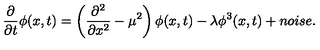
\frac { \partial } { \partial t } \phi ( x , t ) = \left( \frac { \partial ^ { 2 } } { \partial x ^ { 2 } } - \mu ^ { 2 } \right) \phi ( x , t ) - \lambda \phi ^ { 3 } ( x , t ) + n o i s e .